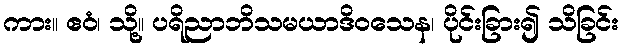
ကား။ ဧဝံ၊ သို့။ ပရိညာဘိသမယာဒိဝသေန၊ ပိုင်းခြား၍ သိခြင်း